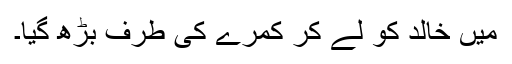
میں خالد کو لے کر کمرے کی طرف بڑھ گیا۔